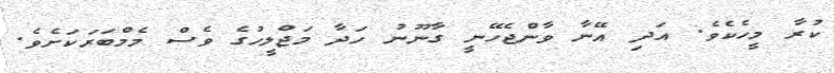
ކުރާ މީހެކެވެ. އަދި އޭނާ ވާންޖެހޭނީ ގާނޫނު ހަދާ މަޖްލީހުގެ ވެސް މެމްބަރަކަށެވެ.